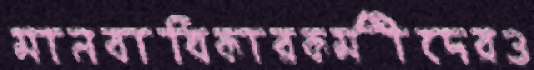
মানবাধিকারকর্মীদেরও